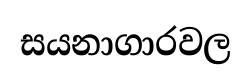
සයනාගාරවල